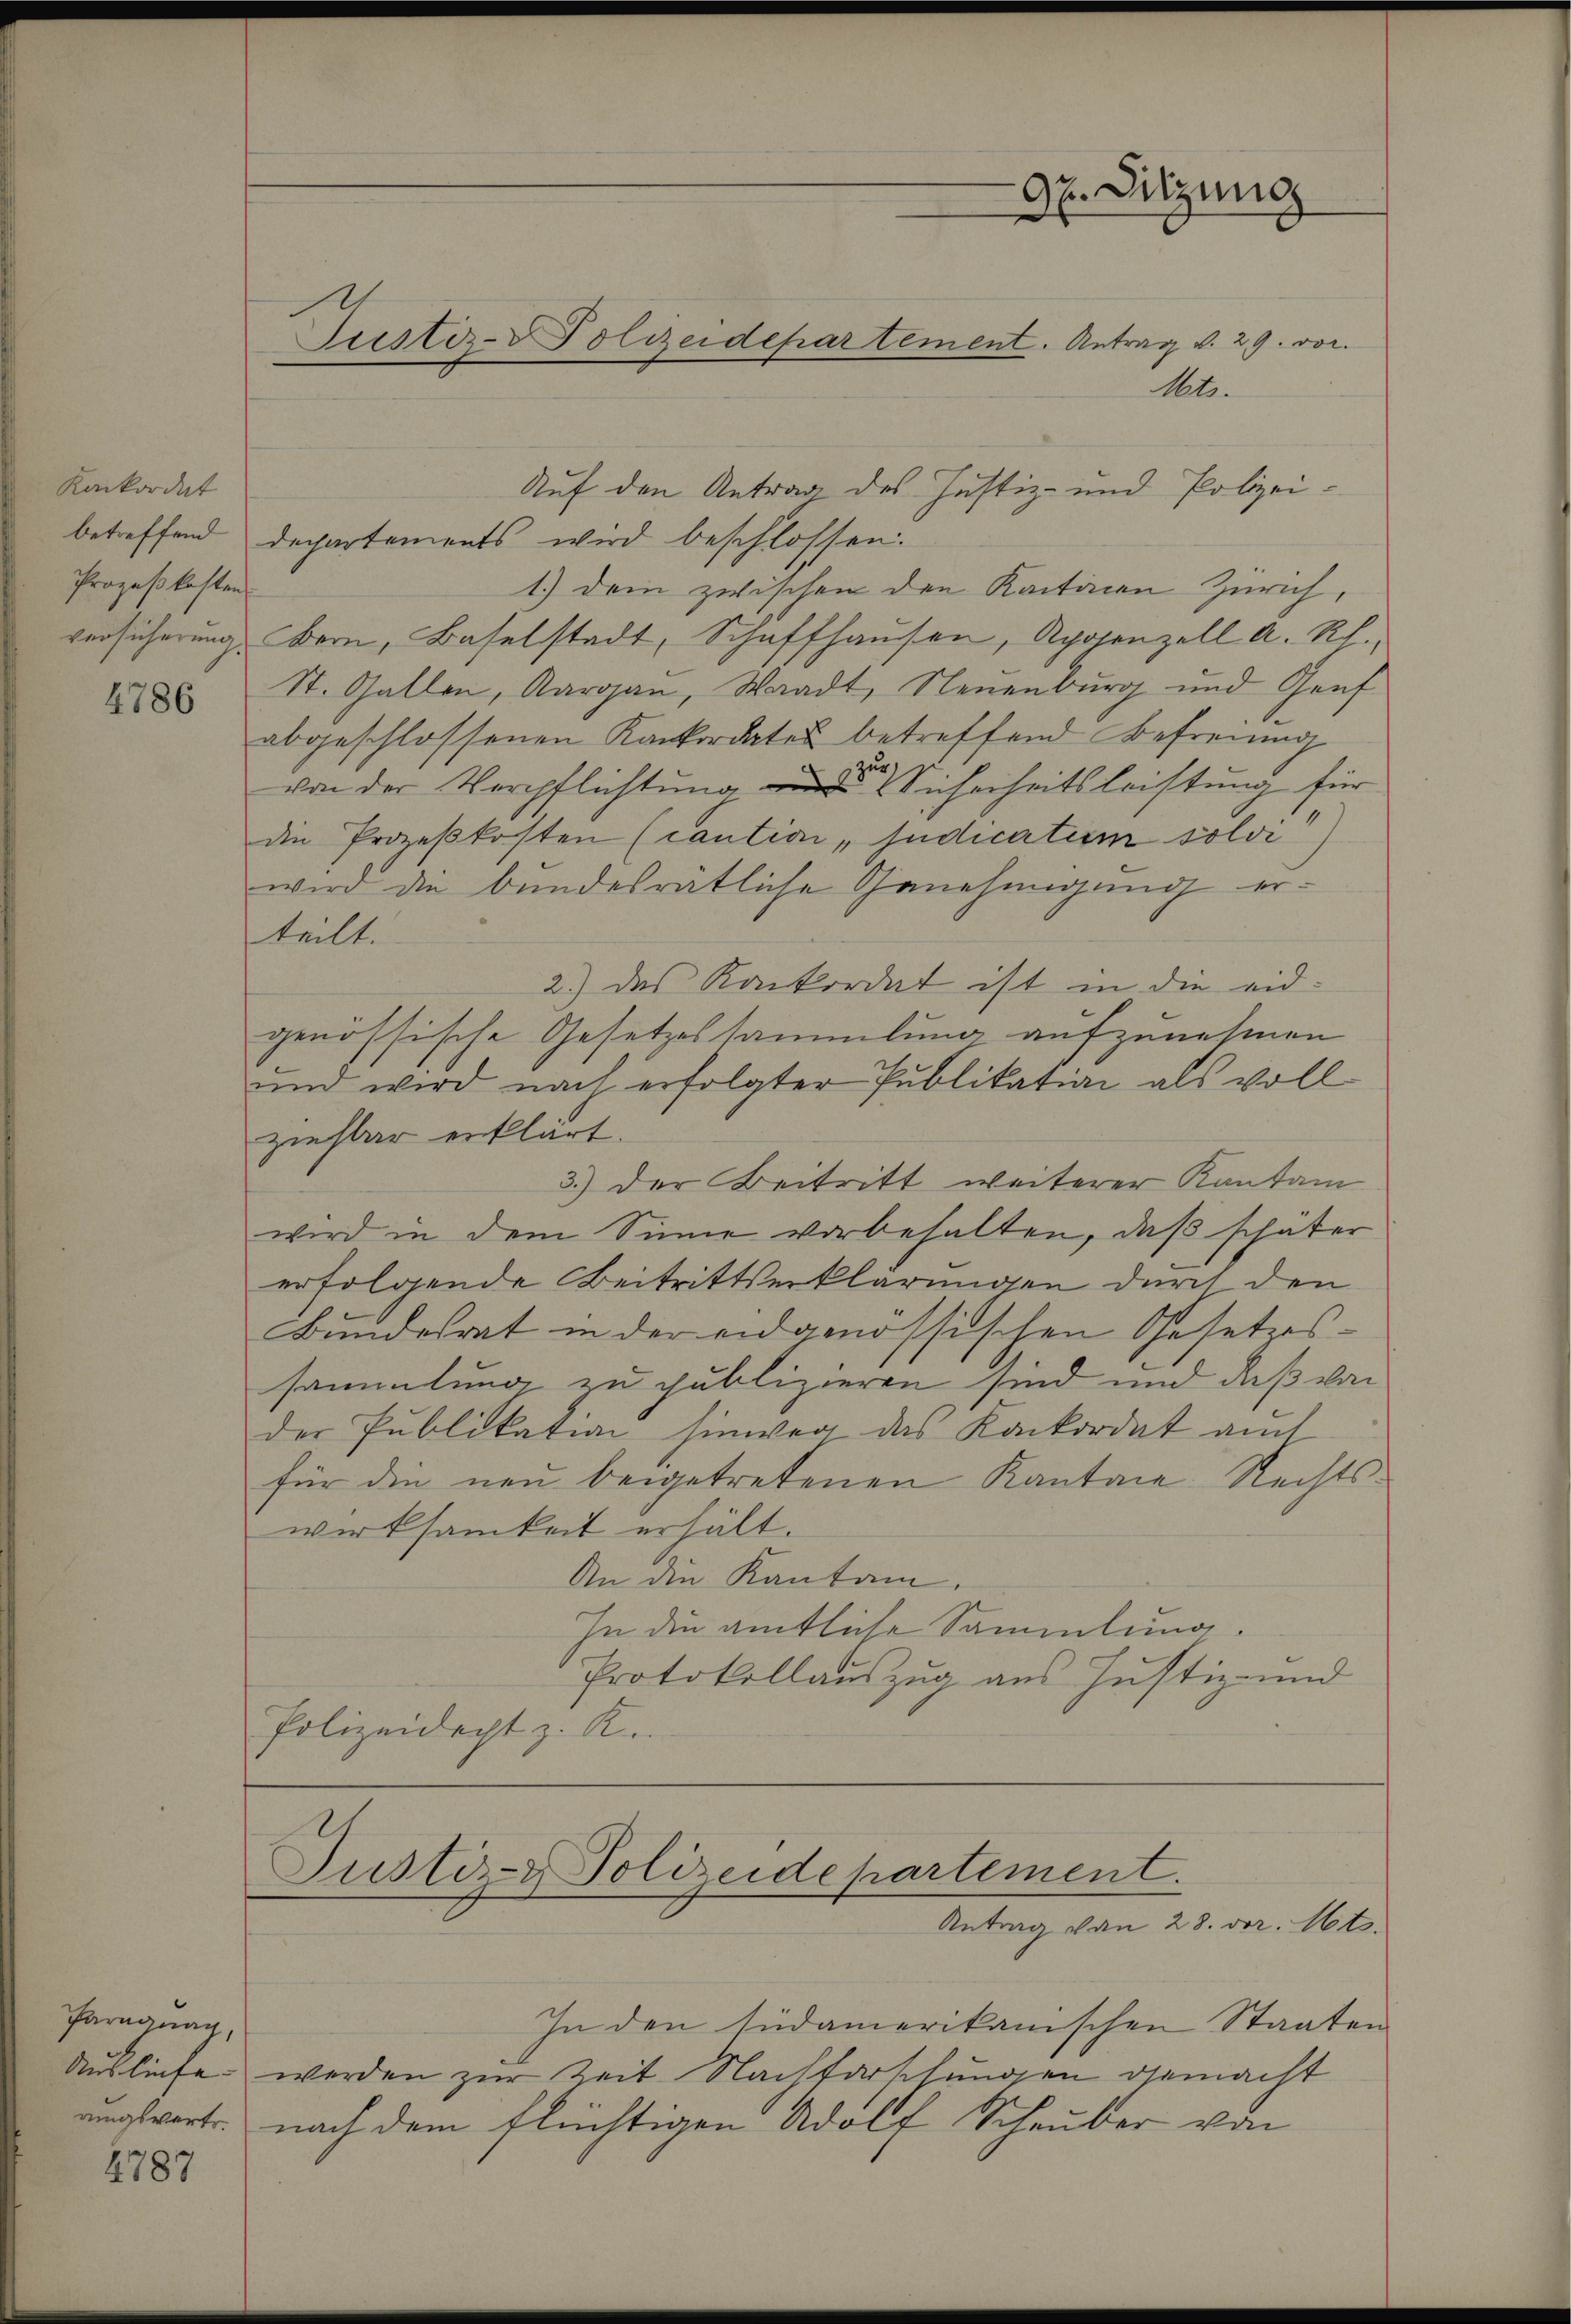
Konkordat
Prozeßkosten

4786

Paragung,
Ausliefe. |
rungsvertr

4787

Met.
Auf den Antrag des Justiz- und Polizeibetreffend departements wird beschlossen.
1.) Dein zwischen den Kantonen Zürich,
versicherŭng Bern, Baselstadt, Schaffhausen, Aposenzell a. Rh.,
St. Gallen, Aargau, Waadt, Neuenburg und Genf
abgeschlossenen Konkordates betreffend Befreiung
von der Verpflichtung der Sicherheitsleistung für
die Prozeßkosten (caution „sudicatum solvi
wird die bundesrätliche Genehmigung erteilt.
2.) das Konkordat ist in die eid-
genössische Gesetzessammlung aufzunehmen
und wird nach erfolgter Publikation als voll
ziehbar erklärt.
3.) Der Beitritt weiterer Kanton
wird in dem Sinne vorbehalten, daß schäter
erfolgende Beitrittserklärungen durch den
Bundesrat in der eidgenössischen Gesetzessammlung zu publizieren sind und daß von
der Publikation hinweg das Konkordat auch
für die neu beigetretenen Kanton Rechts-
wirksamkeit erhält.
An die Kanton.
In die amtliche Sammlung.
Protokollauszug aus Justiz- und
Polizeidecht z. R.

Justiz-Polizeidepartement. Antrag v. 29. vor.

Justiz- & Polizeidepartement.
Antrag von 28. vor. Mts.

In den südamerikanischen Staaten
werden zur Zeit Nachterschungen gemacht
nach dem flüchtigen Adolf Schauder von

97. Sitzung
e